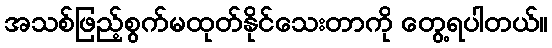
အသစ်ဖြည့်စွက်မထုတ်နိုင်သေးတာကို တွေ့ရပါတယ်။